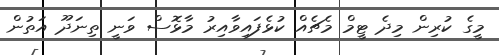
މީގެ ކުރިން މިދެ ޓީމް މެޗެއް ކުޅެފައިވާއިރު މާޅޮސް ވަނީ ތިނަދޫ އަތުން